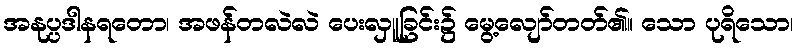
အနုပ္ပဒါနရတော၊ အဖန်တလဲလဲ ပေးလှူခြင်း၌ မွေ့လျော်တတ်၏။ သော ပုရိသော၊